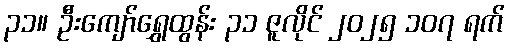
၃၁။ ဦးကျော်ရွှေထွန်း ၃၁ ဇူလိုင် ၂၀၂၅ ၁၀၇ ရက်